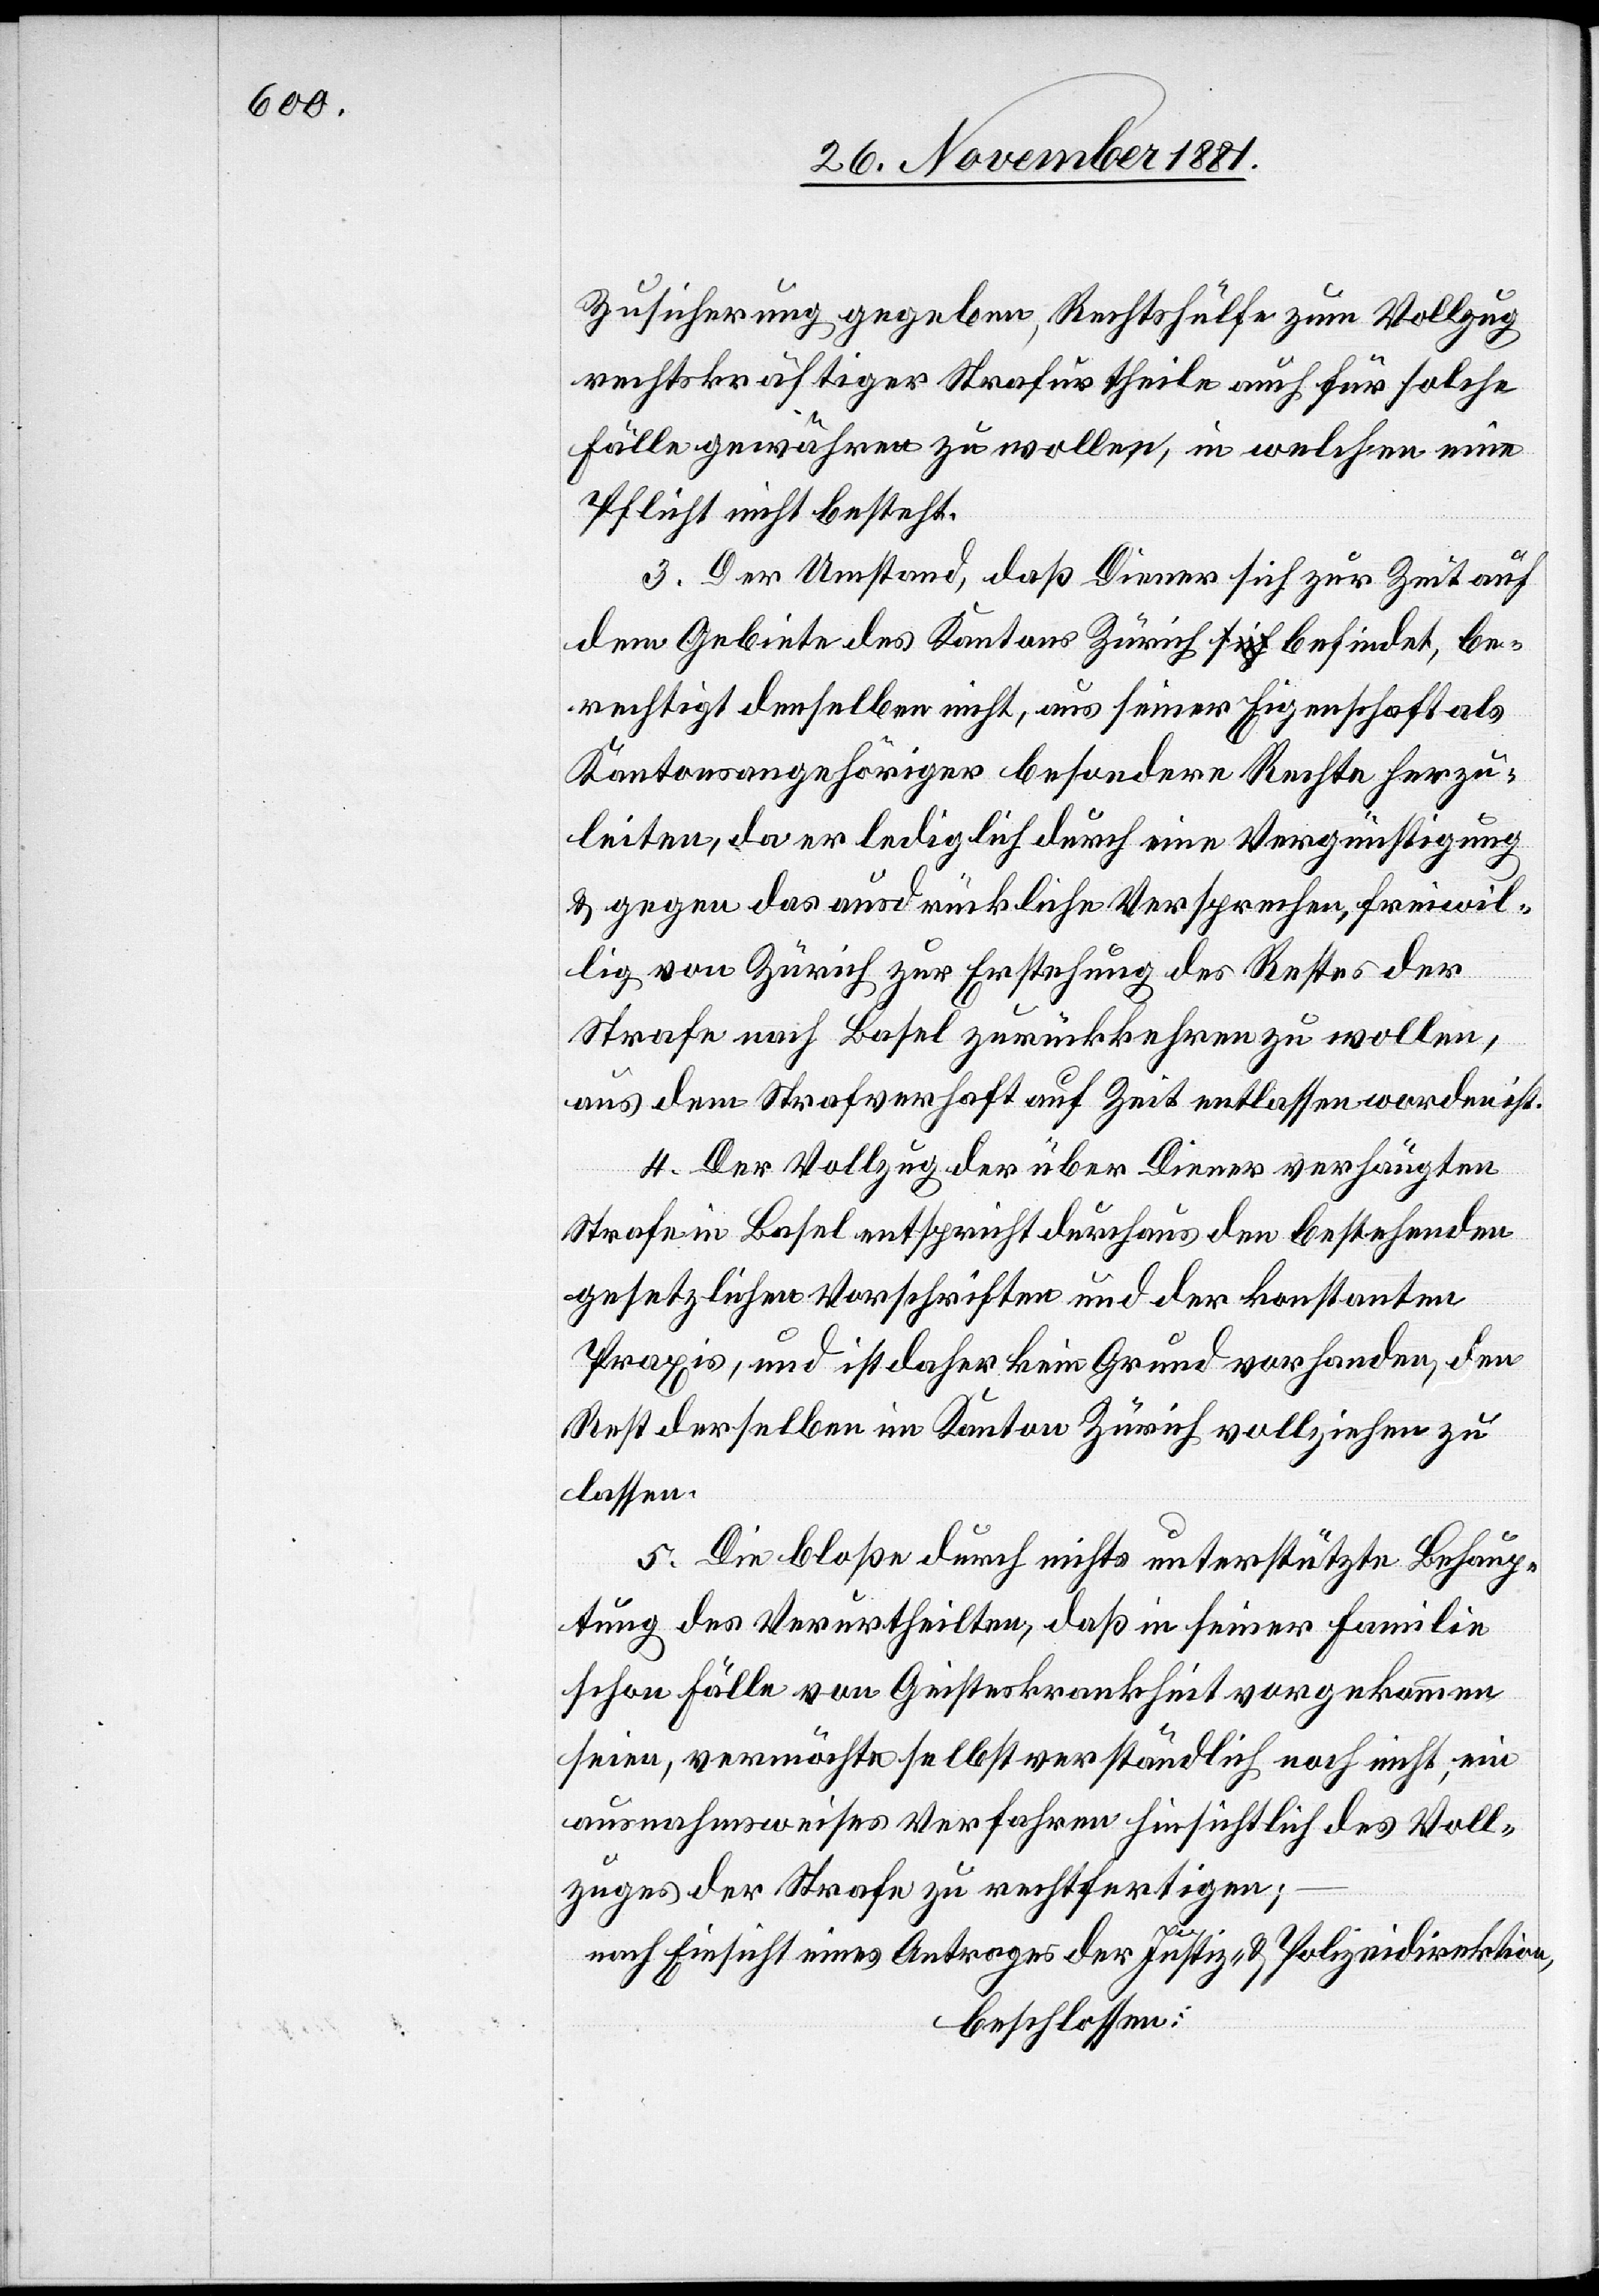
Zusicherung gegeben, Rechtshülfe zum Vollzug
rechtskräftiger Strafurtheile auch für solche
Fälle gewähren zu wollen, in welchen eine
Pflicht nicht besteht.
3. Der Umstand, daß Diener sich zur Zeit auf
dem Gebiete des Kantons Zürich sich befindet, be¬
richtigt denselben nicht, aus seiner Eigenschaft als
Kantonsangehöriger besondere Rechte herzu¬
leiten, da er lediglich durch eine Vergünstigung
& gegen das ausdrückliche Versprechen, freiwil¬
lig von Zürich zur Erstehung des Rechtes der
Strafe nach Basel zurückkehren zu wollen,
aus dem Strafverhaft auf Zeit entlassen worden ist.
4. Der Vollzug der über Diener verhängten
Strafe in Basel entspricht durchaus den Bestehenden
gesetzlichen Vorschriften und der konstanten
Praxis, und ist daher kein Grund vorhanden, den
Rest derselben im Kanton Zürich vollziehen zu
lassen.
5. Die bloße durch nichts unterstützte Behaup¬
tung des Verurtheilten, daß in seiner Familie
schon Fälle von Geisteskrankheit vorgekommen
seien, vermöchte selbstverständlich noch nicht, ein
ausnahmsweises Verfahren hinsichtlich des Voll¬
zuges der Strafe zu rechtfertigen:
nach Einsicht eines Antrages der Justiz- & Polizeidirektion,
beschlossen: